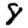
Digit: 8